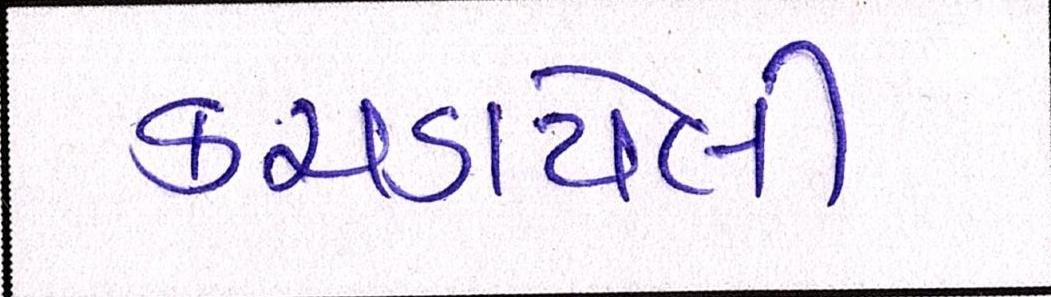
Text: કચડાયેલી